Riigikantselei, lk 64
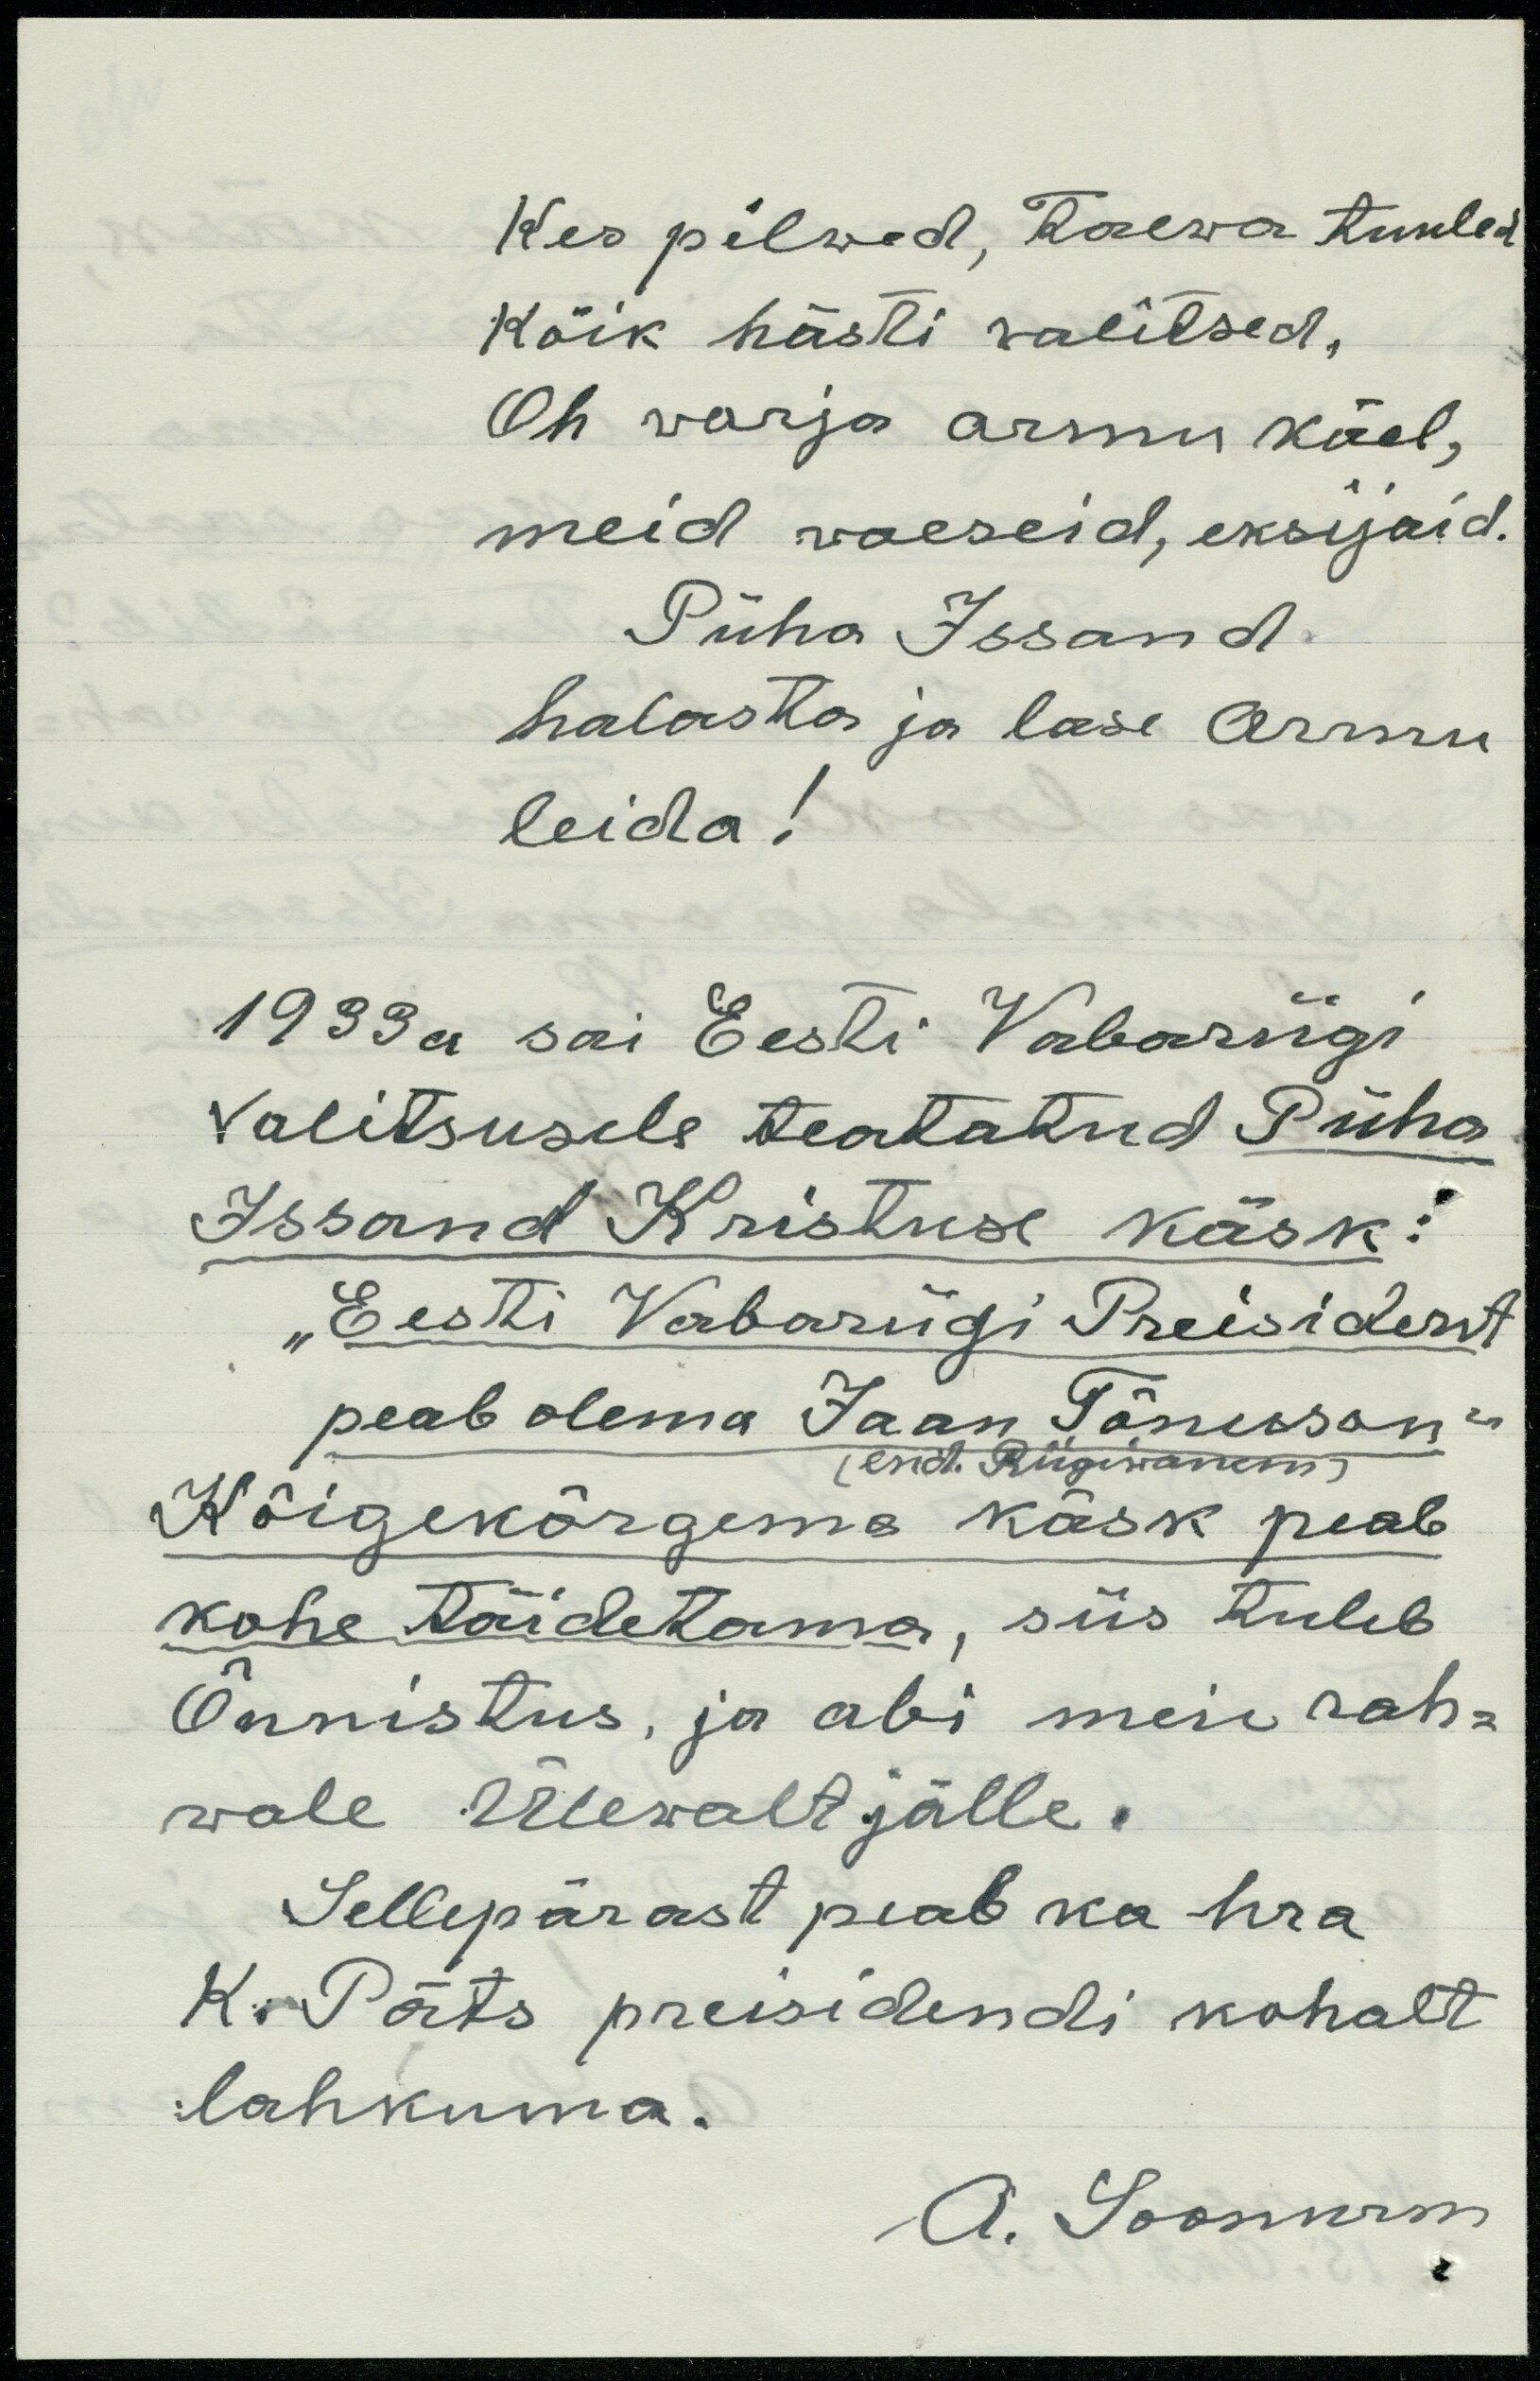
Kes pilwed, Taewa tuuled
Kõik hästi walitsed,
Oh warja armu käel,
meid waeseid, eksijaid.
Püha Issand.
halasta ja lase Armu
leida!
1933 a sai Eesti Vabariigi
Valitsusele teatatud Püha
Issand Kristuse käsk:
"Eesti Vabariigi Preisident
peab olema Jaan Tõnisson"
end. Riigiwanem
Kõigekõrgema käsk peab
kohe täidetama, siis tuleb
Õnnistus, ja abi meie rah-
wale Ülewalt jälle.
Sellepärast peab ka hra
K. Päts preisidendi kohalt
lahkuma.
A. Soonurm